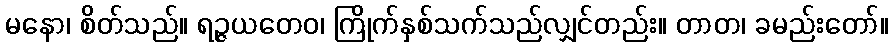
မနော၊ စိတ်သည်။ ရဉ္ဇယတေဝ၊ ကြိုက်နှစ်သက်သည်လျှင်တည်း။ တာတ၊ ခမည်းတော်။